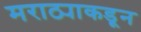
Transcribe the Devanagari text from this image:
मराठ्याकडून